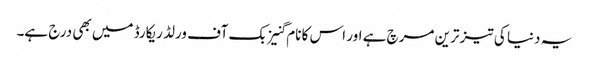
یہ دنیا کی تیز ترین مرچ ہے اور اس کا نام گنیز بک آف ورلڈ ریکارڈ میں بھی درج ہے۔